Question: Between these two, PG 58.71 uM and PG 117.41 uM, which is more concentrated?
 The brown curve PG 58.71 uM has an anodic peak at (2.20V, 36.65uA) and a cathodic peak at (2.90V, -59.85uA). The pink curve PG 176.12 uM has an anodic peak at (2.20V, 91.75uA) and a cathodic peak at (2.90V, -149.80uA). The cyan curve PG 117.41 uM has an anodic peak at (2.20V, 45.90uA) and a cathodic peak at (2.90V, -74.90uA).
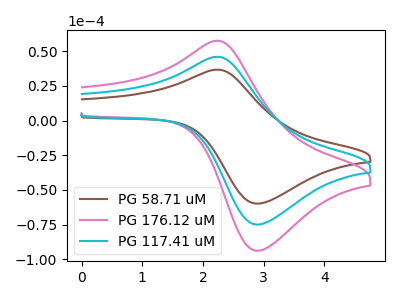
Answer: <think>All the peaks in "PG 58.71 uM" have a peak in "PG 117.41 uM" at the same potential. Every peak in "PG 58.71 uM" is lower than every peak in "PG 117.41 uM".
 </think>
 <answer>"PG 58.71 uM" has less signal than "PG 117.41 uM" and so likely has a lower concentration.</answer>
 <eval>less_concentration</eval>